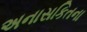
અનાસકિતના